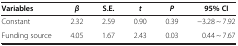
| Variables | β | S.E. | t | P | 95% CI |
 | --- | --- | --- | --- | --- | --- |
 | Constant | 2.32 | 2.59 | 0.90 | 0.39 | −3.28 ~ 7.92 |
 | Funding source | 4.05 | 1.67 | 2.43 | 0.03 | 0.44 ~ 7.67 |